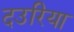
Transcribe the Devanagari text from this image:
दउरिया